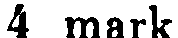
4 mark.